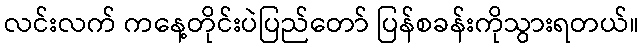
လင်းလက် ကနေ့တိုင်းပဲပြည်တော် ပြန်စခန်းကိုသွားရတယ်။